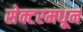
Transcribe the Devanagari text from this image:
सेक्टरमधून